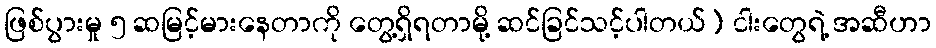
ဖြစ်ပွားမှု ၅ ဆမြင့်မားနေတာကို တွေ့ရှိရတာမို့ ဆင်ခြင်သင့်ပါတယ်) ငါးတွေရဲ့ အဆီဟာ